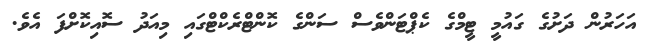
އަހަރުން ދަށުގެ ގައުމީ ޓީމްގެ ކެޕްޓަންވެސް ސަންގެ ކޮންޓްރެކްޓްގައި މިއަދު ސޮއިކޮށްފަ އެވެ.